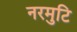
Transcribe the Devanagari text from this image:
नरमुटि